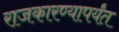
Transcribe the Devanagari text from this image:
राजकारण्यापर्यंत